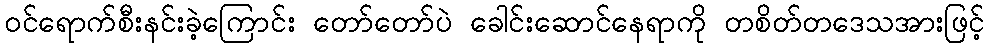
ဝင်ရောက်စီးနင်းခဲ့ကြောင်း တော်တော်ပဲ ခေါင်းဆောင်နေရာကို တစိတ်တဒေသအားဖြင့်